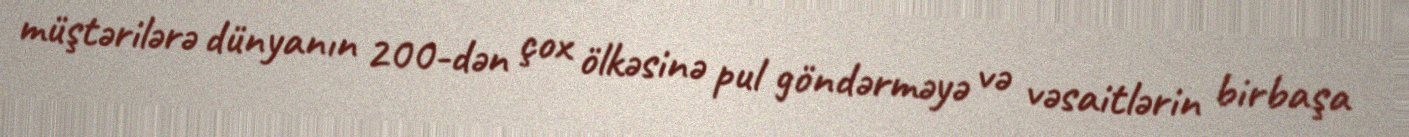
müştərilərə dünyanın 200-dən çox ölkəsinə pul göndərməyə və vəsaitlərin birbaşa